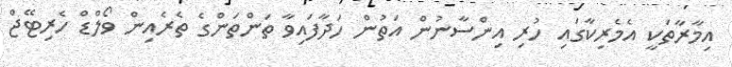
އިމާރާތަކީ އެމެރިކާގައި ހުރި އިންސާނުން އަތުން ހަދާފައިވާ ތަންތަންގެ ތެރެއިން ވޯލްޑް ހެރިޓޭޖް